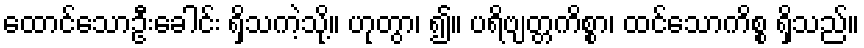
ထောင်သောဦးခေါင်း ရှိသကဲ့သို့။ ဟုတွာ၊ ၍။ ပရိဗျတ္တကိစ္စာ၊ ထင်သောကိစ္စ ရှိသည်။